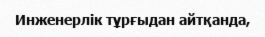
Инженерлік тұрғыдан айтқанда,